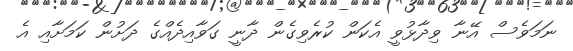
ނަމަވެސް އޭނާ ވިދާޅުވީ އެކަން ކުރެވިގެން ދާނީ ގަވާއިދެއްގެ ދަށުން ކަމަށާއި އެ